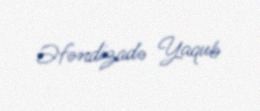
Əfəndizadə Yaqub